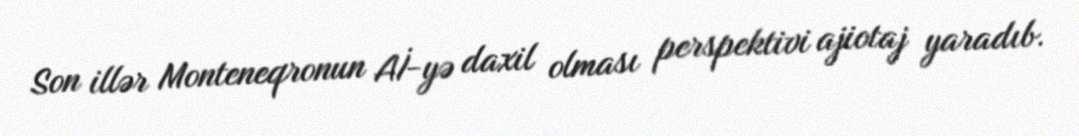
Son illər Monteneqronun Aİ-yə daxil olması perspektivi ajiotaj yaradıb.